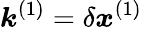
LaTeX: \boldsymbol{k}^{(1)}=\delta\boldsymbol{x}^{(1)}